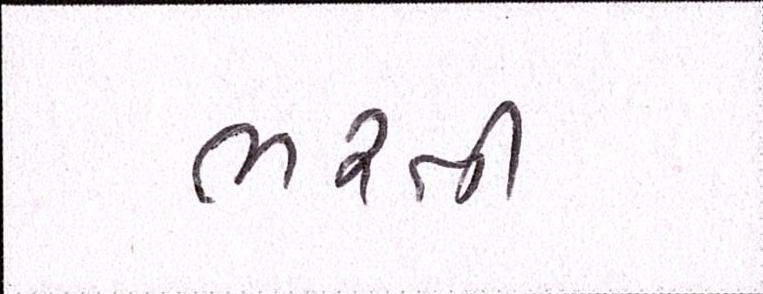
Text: ભરતી